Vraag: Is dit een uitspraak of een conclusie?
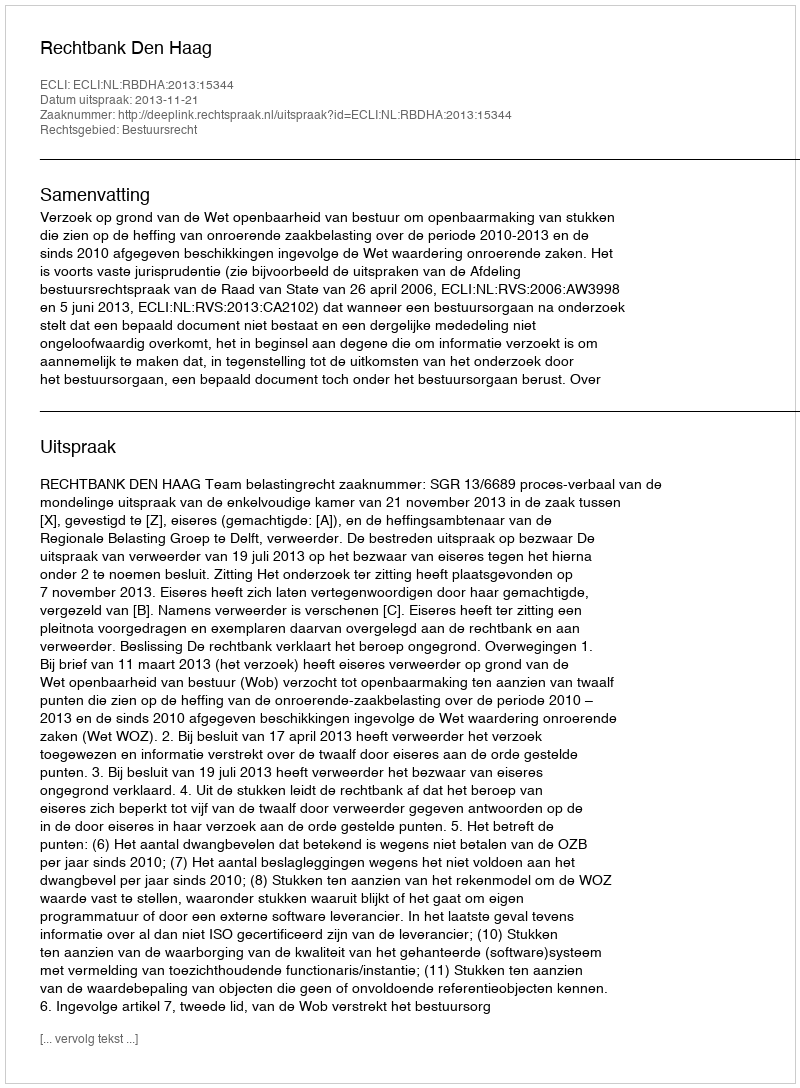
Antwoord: Uitspraak